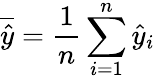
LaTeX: \overline{{\hat{y}}}=\frac{1}{n}\sum_{i=1}^{n}\hat{y}_{i}